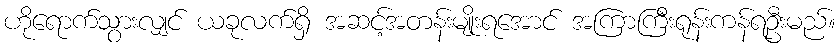
ဟိုရောက်သွားလျှင် ယခုလက်ရှိ အဆင့်အတန်းမျိုးရအောင် အကြာကြီးရုန်းကန်ရဦးမည်။